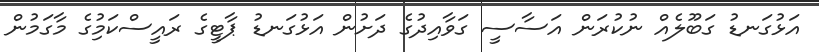
އަޅުގަނޑު ގަބޫލެއް ނުކުރަން އަސާސީ ގަވާއިދުގެ ދަށުން އަޅުގަނޑު ޕާޓީގެ ރައީސްކަމުިގެ މާގަމުން